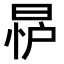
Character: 𪰨